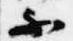
不